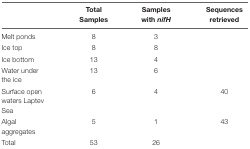
<table><thead><tr><td>[EMPTY_CELL]</td><td><b>Total Samples</b></td><td><b>Samples with <i>nifH</i></b></td><td><b>Sequences retrieved</b></td></tr></thead><tbody><tr><td>Melt ponds</td><td>8</td><td>3</td><td>[EMPTY_CELL]</td></tr><tr><td>Ice top</td><td>8</td><td>8</td><td>[EMPTY_CELL]</td></tr><tr><td>Ice bottom</td><td>13</td><td>4</td><td>[EMPTY_CELL]</td></tr><tr><td>Water under the ice</td><td>13</td><td>6</td><td>[EMPTY_CELL]</td></tr><tr><td>Surface open waters Laptev Sea</td><td>6</td><td>4</td><td>40</td></tr><tr><td>Algal aggregates</td><td>5</td><td>1</td><td>43</td></tr><tr><td>Total</td><td>53</td><td>26</td><td>[EMPTY_CELL]</td></tr></tbody></table>